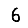
Digit: 6